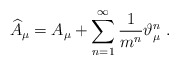
\begin{align*}\widehat{A}_\mu =A_\mu +\sum_{n=1}^\infty \frac 1{m^n}\vartheta _\mu ^n\;.\end{align*}